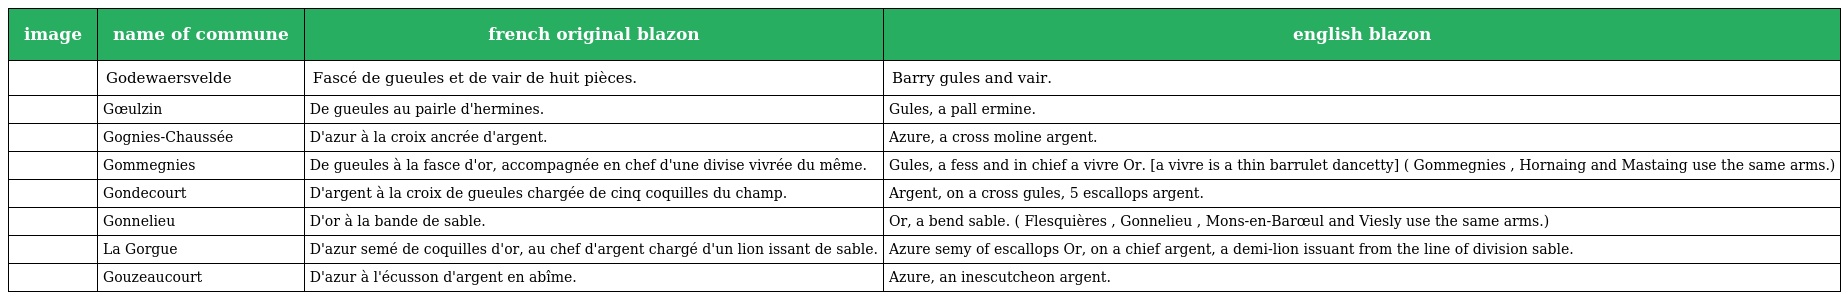
| image | name of commune | french original blazon | english blazon |
 | --- | --- | --- | --- |
 |  | Godewaersvelde | Fascé de gueules et de vair de huit pièces. | Barry gules and vair. |
 |  | Gœulzin | De gueules au pairle d'hermines. | Gules, a pall ermine. |
 |  | Gognies-Chaussée | D'azur à la croix ancrée d'argent. | Azure, a cross moline argent. |
 |  | Gommegnies | De gueules à la fasce d'or, accompagnée en chef d'une divise vivrée du même. | Gules, a fess and in chief a vivre Or. [a vivre is a thin barrulet dancetty] ( Gommegnies , Hornaing and Mastaing use the same arms.) |
 |  | Gondecourt | D'argent à la croix de gueules chargée de cinq coquilles du champ. | Argent, on a cross gules, 5 escallops argent. |
 |  | Gonnelieu | D'or à la bande de sable. | Or, a bend sable. ( Flesquières , Gonnelieu , Mons-en-Barœul and Viesly use the same arms.) |
 |  | La Gorgue | D'azur semé de coquilles d'or, au chef d'argent chargé d'un lion issant de sable. | Azure semy of escallops Or, on a chief argent, a demi-lion issuant from the line of division sable. |
 |  | Gouzeaucourt | D'azur à l'écusson d'argent en abîme. | Azure, an inescutcheon argent. |